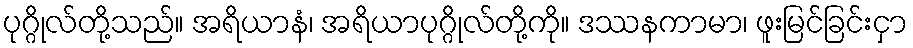
ပုဂ္ဂိုလ်တို့သည်။ အရိယာနံ၊ အရိယာပုဂ္ဂိုလ်တို့ကို။ ဒဿနကာမာ၊ ဖူးမြင်ခြင်းငှာ